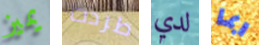
يميز طردت لدي ربما